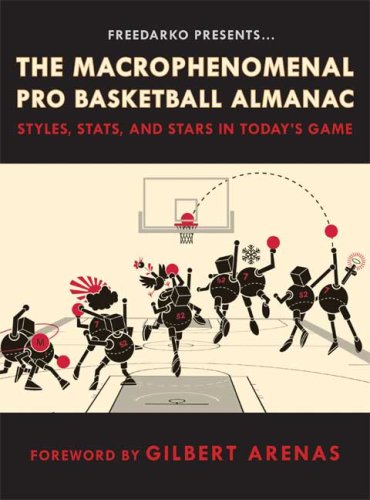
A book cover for FreeDarko Presents: The Macrophenomenal Pro Basketball Almanac: Styles, Stats, and Stars in Today's Game; Bethlehem Shoals; Reference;